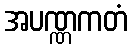
အပဏ္ဏကတံ